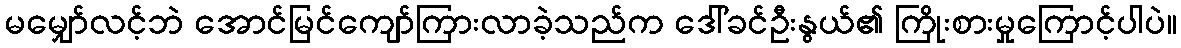
မမျှော်လင့်ဘဲ အောင်မြင်ကျော်ကြားလာခဲ့သည်က ဒေါ်ခင်ဦးနွယ်၏ ကြိုးစားမှုကြောင့်ပါပဲ။